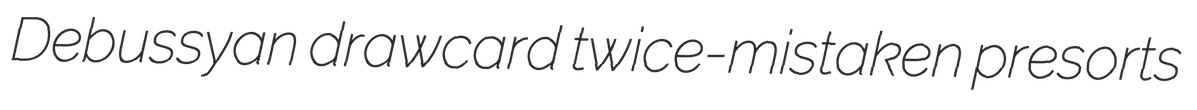
Debussyan drawcard twice-mistaken presorts